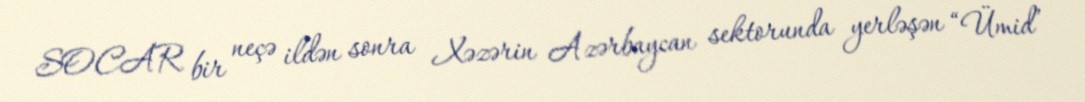
SOCAR bir neçə ildən sonra Xəzərin Azərbaycan sektorunda yerləşən “Ümid”